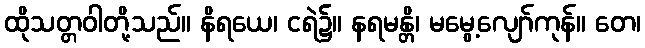
ထိုသတ္တဝါတို့သည်။ နိရယေ၊ ငရဲ၌။ နရမန္တိ၊ မမွေ့လျော်ကုန်။ တေ၊